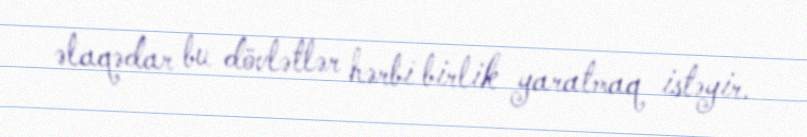
əlaqədar bu dövlətlər hərbi birlik yaratmaq istəyir.